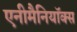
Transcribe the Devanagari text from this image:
एनीमैनियॉक्स